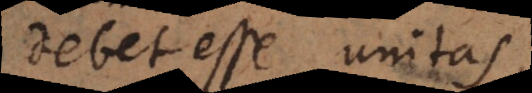
debet esse unitas,